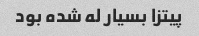
پیتزا بسیار له شده بود